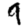
Digit: 9